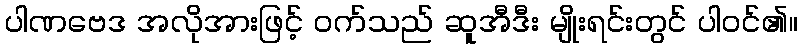
ပါဏဗေဒ အလိုအားဖြင့် ဝက်သည် ဆူအီဒီး မျိုးရင်းတွင် ပါဝင်၏။